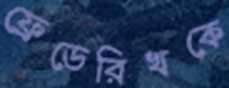
ফ্রেডেরিখকে